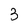
Character: 3